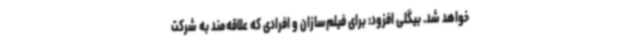
خواهد ‌شد. بیگلی افزود: برای فیلم‌سازان و افرادی که علاقه‌مند به شرکت